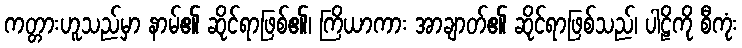
ကတ္တားဟူသည်မှာ နာမ်၏ ဆိုင်ရာဖြစ်၏၊ ကြိယာကား အာချာတ်၏ ဆိုင်ရာဖြစ်သည်၊ ပါဠိကို စီကုံး